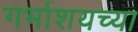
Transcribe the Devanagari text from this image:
गर्भाशयच्या